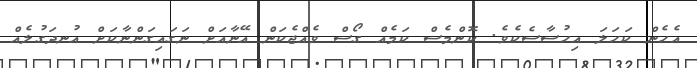
އެހެެން ކަހަލަ އިހުސާސެކެވެ. ކޮންމެސް ކަމެއް ގޯސް ވެއްޖެކަން އޭނާއަށް ނަގައިގަންނާކަށް އުނދަގުލެއް